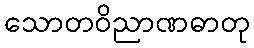
သောတဝိညာဏဓာတု